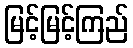
မြင့်မြင့်ကြည်